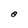
Character: O